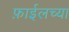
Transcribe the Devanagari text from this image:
फ़ाईलच्या